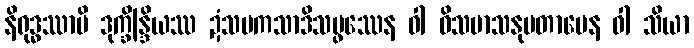
နိရုဒ္ဓဿာပိ ဒုက္ခိန္ဒြိယဿ ဍံသမကသာဒိသမ္ဖဿေန ဝါ ဝိသမာသနုပတာပေန ဝါ သိယာ